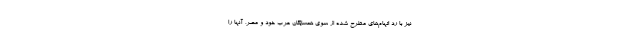
نیز با رد اتهام‌های مطرح شده از سوی همسایگان عرب خود و مصر، آنها را